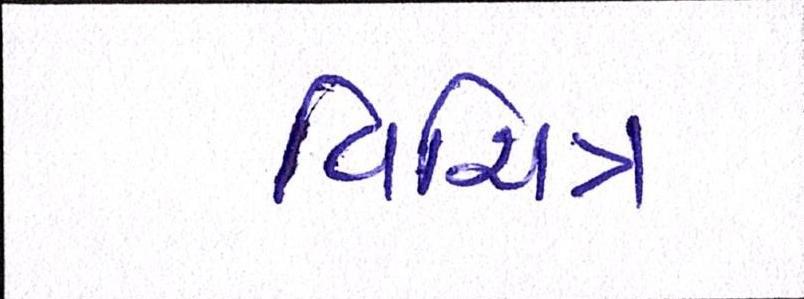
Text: વિચિત્ર